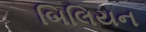
બિલિયન